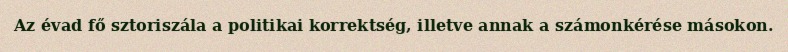
Az évad fő sztoriszála a politikai korrektség, illetve annak a számonkérése másokon.